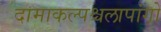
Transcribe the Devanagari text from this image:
दामाकल्पश्चलापांगो